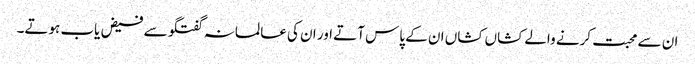
ان سے محبت کرنے والے کشاں کشاں ان کے پاس آتے اور ان کی عالمانہ گفتگو سے فیض یاب ہوتے۔